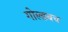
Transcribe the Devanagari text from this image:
गोल्डबच